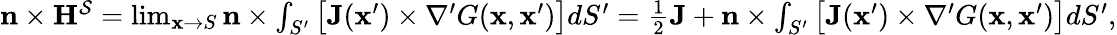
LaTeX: \begin{array}{r}{\mathbf{n}\times\mathbf{H}^{\mathcal{S}}=\operatorname*{lim}_{\mathbf{x}\to S}\mathbf{n}\times\int_{S^{\prime}}\big[\mathbf{J}(\mathbf{x}^{\prime})\times\nabla^{\prime}G(\mathbf{x},\mathbf{x}^{\prime})\big]dS^{\prime}=\frac{1}{2}\mathbf{J}+\mathbf{n}\times\int_{S^{\prime}}\big[\mathbf{J}(\mathbf{x}^{\prime})\times\nabla^{\prime}G(\mathbf{x},\mathbf{x}^{\prime})\big]dS^{\prime},}\end{array}